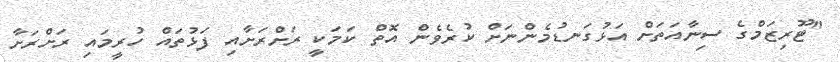
"ޓޫރިޒަމްގެ ސިނާއަތަށް އަޅުގަނޑުމެންނަށް ކުރެވެން އޮތް ކަމަކީ ރަށްރަށާއި ފަޅުތައް ހުރީމައި ރަށްރަށާ